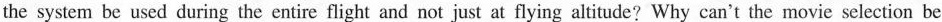
the system be used during the entire flight and not just at flying altitude? Why can't the movie selection be